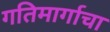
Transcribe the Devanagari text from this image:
गतिमार्गाचा